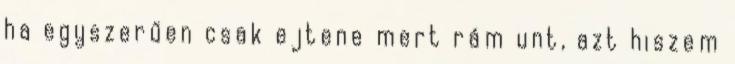
ha egyszerűen csak ejtene mert rám unt, azt hiszem